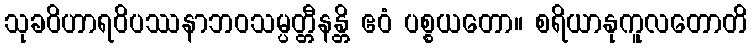
သုခဝိဟာရဝိပဿနာဘဝသမ္ပတ္တီနန္တိ ဧဝံ ပစ္စယတော။ စရိယာနုကူလတောတိ